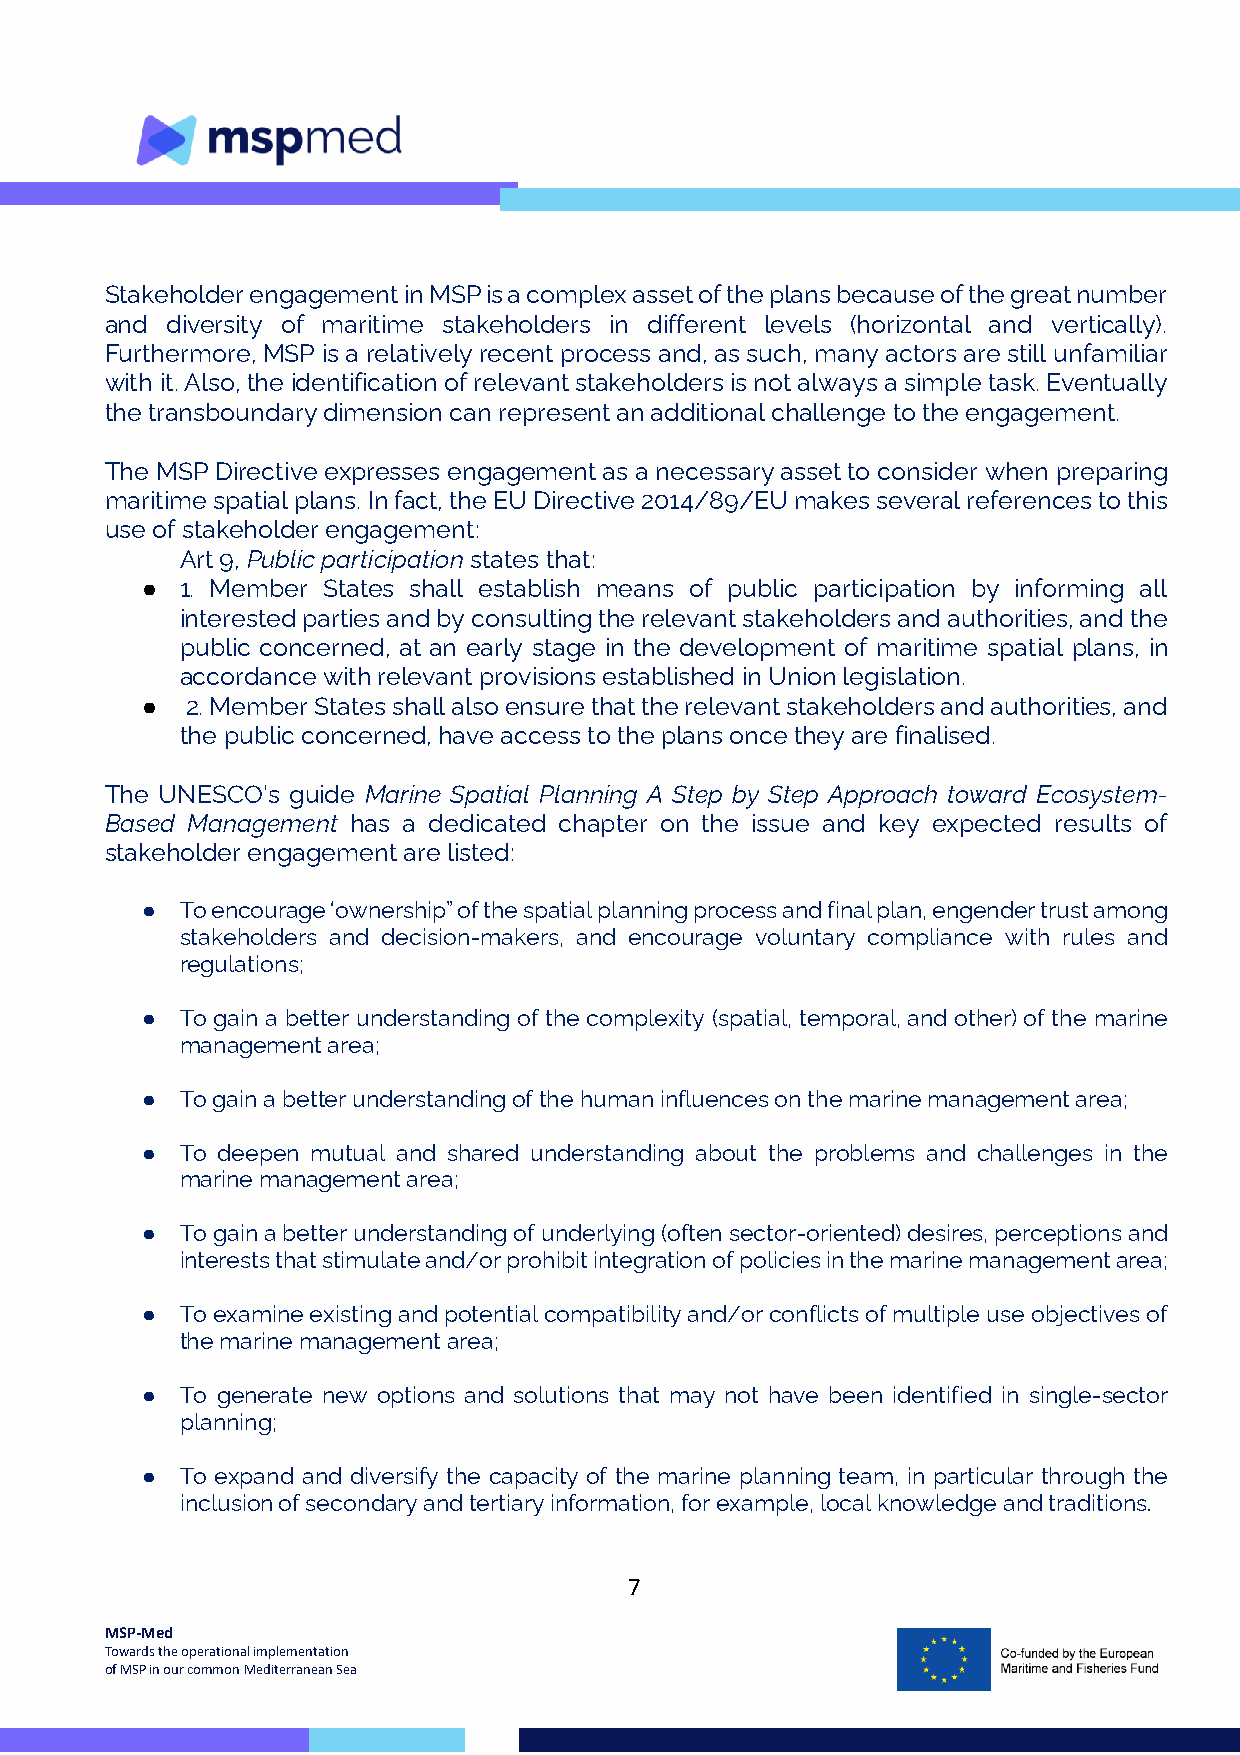
Stakeholder engagement in MSP is a complex asset of the plans because of the great number
 and diversity of maritime stakeholders in different levels (horizontal and vertically).
 Furthermore, MSP is a relatively recent process and, as such, many actors are still unfamiliar
 with it. Also, the identification of relevant stakeholders is not always a simple task. Eventually
 the transboundary dimension can represent an additional challenge to the engagement.
 The MSP Directive expresses engagement as a necessary asset to consider when preparing
 maritime spatial plans. In fact, the EU Directive 2014/89/EU makes several references to this
 use of stakeholder engagement:
 Art 9, Public participation states that:
 ●  1. Member States shall establish means of public participation by informing all
 interested parties and by consulting the relevant stakeholders and authorities, and the
 public concerned, at an early stage in the development of maritime spatial plans, in
 accordance with relevant provisions established in Union legislation.
 ●  2. Member States shall also ensure that the relevant stakeholders and authorities, and
 the public concerned, have access to the plans once they are finalised.
 The UNESCO’s guide Marine Spatial Planning A Step by Step Approach toward Ecosystem-
 Based Management has a dedicated chapter on the issue and key expected results of
 stakeholder engagement are listed:
 ●  To encourage ‘ownership” of the spatial planning process and final plan, engender trust among
 stakeholders and decision-makers, and encourage voluntary compliance with rules and
 regulations;
 ●  To gain a better understanding of the complexity (spatial, temporal, and other) of the marine
 management area;
 ●  To gain a better understanding of the human influences on the marine management area;
 ●  To deepen mutual and shared understanding about the problems and challenges in the
 marine management area;
 ●  To gain a better understanding of underlying (often sector-oriented) desires, perceptions and
 interests that stimulate and/or prohibit integration of policies in the marine management area;
 ●  To examine existing and potential compatibility and/or conflicts of multiple use objectives of
 the marine management area;
 ●  To generate new options and solutions that may not have been identified in single-sector
 planning;
 ●  To expand and diversify the capacity of the marine planning team, in particular through the
 inclusion of secondary and tertiary information, for example, local knowledge and traditions.
 7
 MSP-Med
 Towards the operational implementation
 of MSP in our common Mediterranean Sea